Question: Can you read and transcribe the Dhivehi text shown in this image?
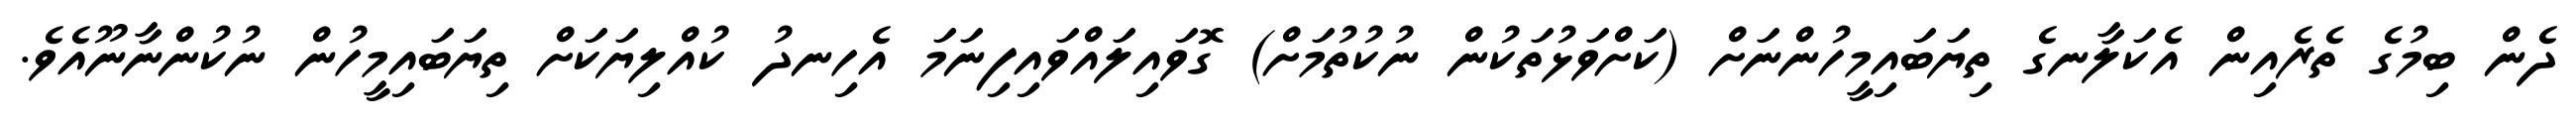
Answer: ދެން ބިމުގެ ތެރެއިން އެކަލާނގެ ތިޔަބައިމީހުންނަށް (ކަށްވަޅުތަކުން ނުކުތުމަށް) ގޮވައިލައްވައިފިނަމަ އެހިނދު ކުއްލިޔަކަށް ތިޔަބައިމީހުން ނުކުންނާނޫއެވެ.